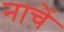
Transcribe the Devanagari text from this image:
नाचें